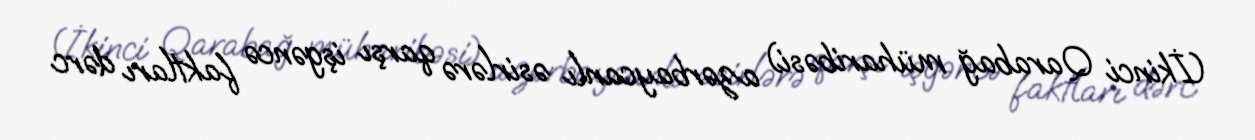
(İkinci Qarabağ müharibəsi) azərbaycanlı əsirlərə qarşı işgəncə faktları dərc